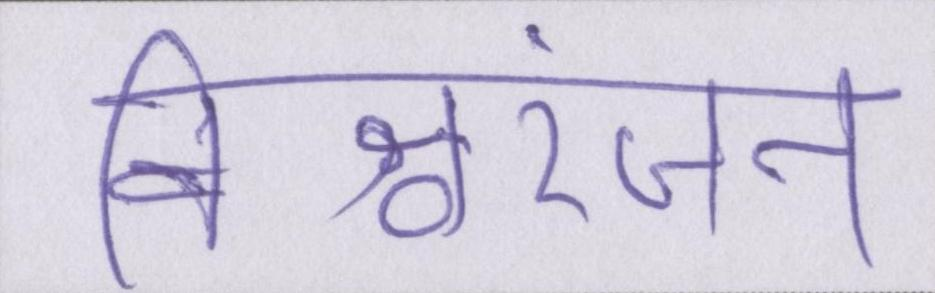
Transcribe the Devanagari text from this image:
विश्वरंजन